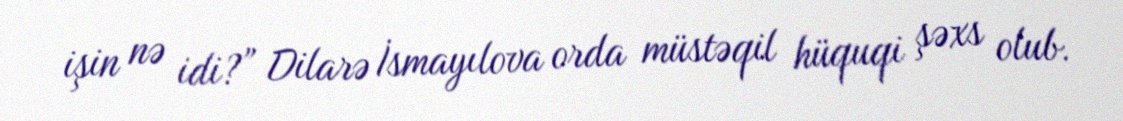
işin nə idi?” Dilarə İsmayılova orda müstəqil hüquqi şəxs olub.